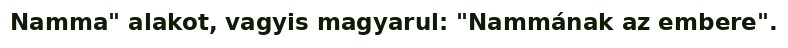
Namma" alakot, vagyis magyarul: "Nammának az embere".